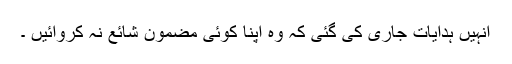
انہیں ہدایات جاری کی گئی کہ وہ اپنا کوئی مضمون شائع نہ کروائیں ۔